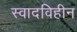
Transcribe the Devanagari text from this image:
स्वादविहीन